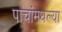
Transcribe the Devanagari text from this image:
पाचांमधल्या